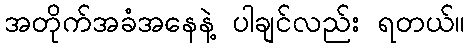
အတိုက်အခံအနေနဲ့ ပါချင်လည်း ရတယ်။